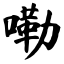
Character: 嘞